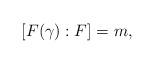
LaTeX: \begin{align*} [F(\gamma):F]=m, \end{align*}